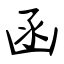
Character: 函